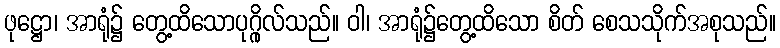
ဖုဋ္ဌော၊ အာရုံ၌ တွေ့ထိသောပုဂ္ဂိုလ်သည်။ ဝါ၊ အာရုံ၌တွေ့ထိသော စိတ် စေသသိုက်အစုသည်။